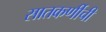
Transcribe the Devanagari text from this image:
सातकर्णीची